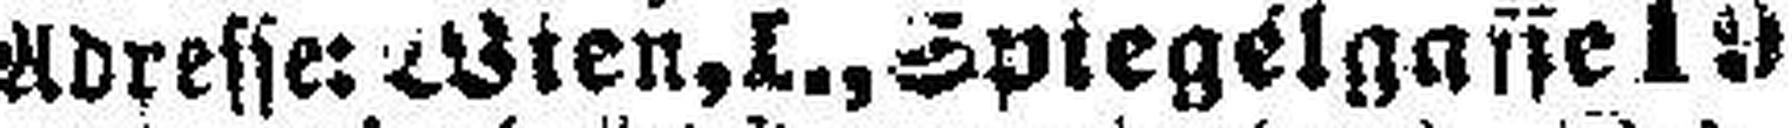
Adresse: Wien, I., Spiegelgasse 19